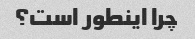
چرا اینطور است؟